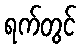
ရက်တွင်